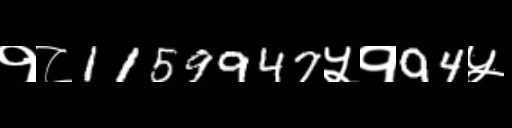
Text: १८1159947५१94५